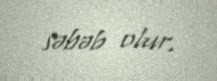
səbəb olur.